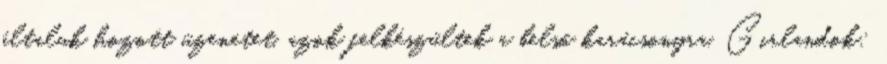
általuk hozott üzenetet, azok felkészültek a belső karácsonyra. Girlandok: